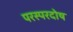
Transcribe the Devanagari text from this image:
परस्परदोष